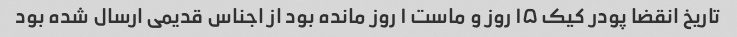
تاریخ انقضا پودر کیک ۱۵ روز و ماست ۱ روز مانده بود از اجناس قدیمی ارسال شده بود